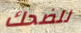
للضحك